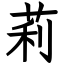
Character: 莉